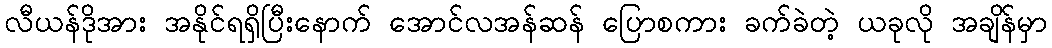
လီယန်ဒိုအား အနိုင်ရရှိပြီးနောက် အောင်လအန်ဆန် ပြောစကား ခက်ခဲတဲ့ ယခုလို အချိန်မှာ